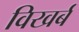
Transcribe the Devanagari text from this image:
विखर्ब